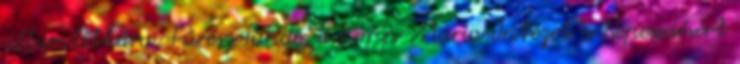
államtitkára, Fűrész Tünde, a Kopp Mária Intézet a Népesedésért